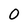
Character: 0